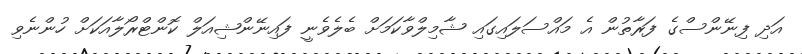
އަދި ފިނޭންސްގެ ފަރާތުން އެ މައްސަލައިގައި ޝާމިލްވާކަމަށް ބެލެވެނީ ފައިނޭންޝިއަލް ކޮންޓްރޯލާއަކަށް ހުންނެވި